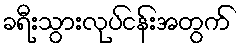
ခရီးသွားလုပ်ငန်းအတွက်